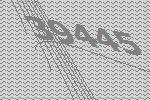
39445